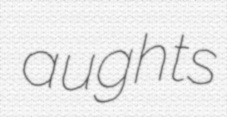
aughts